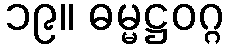
၁၉။ ဓမ္မဋ္ဌဝဂ္ဂ